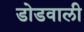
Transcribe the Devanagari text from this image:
डोडवाली